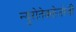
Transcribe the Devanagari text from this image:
न्युरोतेक्नोलोजी